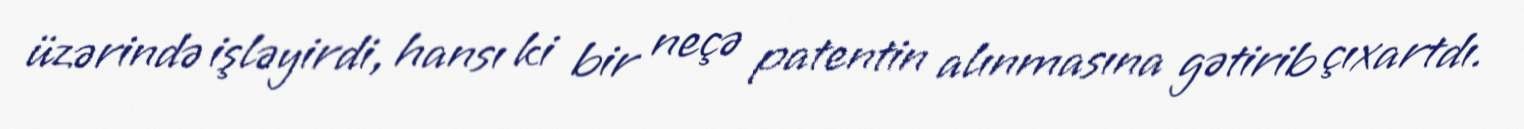
üzərində işləyirdi, hansı ki bir neçə patentin alınmasına gətirib çıxartdı.